Civil Veterinary Dept. Assam report 1911-1927 - 1911-1927
Year: 1911
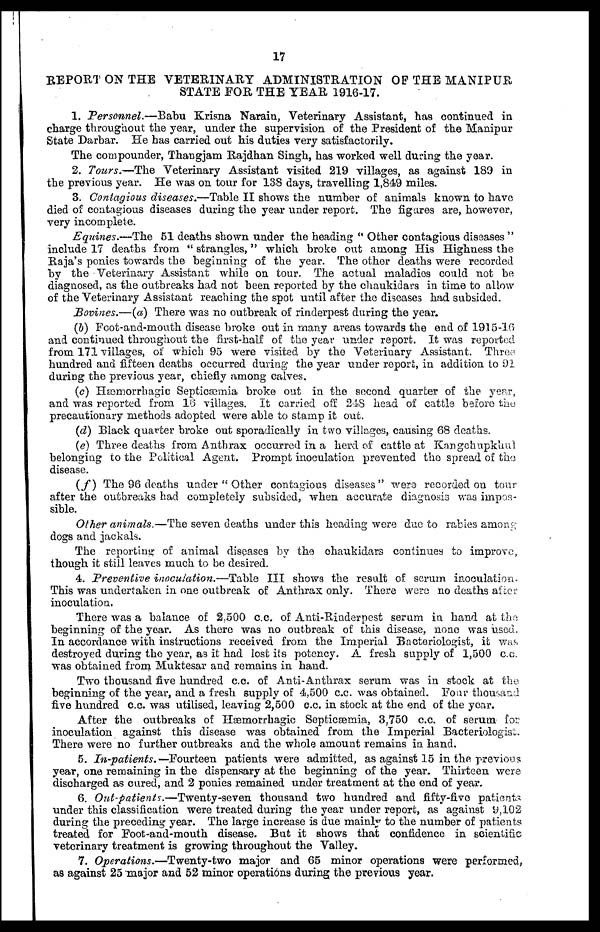
17
REPORT ON THE VETERINARY ADMINISTRATION OP THE MANIPUR
STATE FOR THE YEAR 1916-17.
1. Personnel.—Babu Krisna Narain , Veterinary Assistant , has continued in
charge throughout the year, under the supervision of the President of the Manipur
State Darbar. He has carried out his duties very satisfactorily.
The compounder, Thaugjam Rajdhan Singh, has worked well during the year.
2. Tours.—The Veterinary Assistant visited 219 villages, as against 189 in
the previous year. He was on tour for 138 days, travelling 1,849 miles.
3. Contagious diseases.—Table II shows the number of animals known to have
died of contagious diseases during the year under report. The figures are, however,
very incomplete.
Equities.—The 51 deaths shown under the heading " Other contagious diseases "
include 17 deaths from " strangles," which broke out among His Highness the
Raja's ponies towards the beginning of the year. The other deaths were recorded
by the Veterinary Assistant while on tour. The actual maladies could not be
diagnosed, as the outbreaks had not been reported by the chaukidars in time to allow
of the Veterinary Assistant reaching the spot until after the diseases had subsided.
Bovines.—(a) There was no outbreak of rinderpest during the year.
(b) Foot-and-mouth disease broke out in many areas towards the end of 1915-16
and continued throughout the first-half of the year under report. It was reported
from 171 villages, of which 95 were visited by the Veterinary Assistant. Three.
hundred and fifteen deaths occurred during the year under report, in addition to 91
during the previous year, chiefly among calves.
(c) Hæmorrhagic Septicæmia broke out in the second quarter of the year ,
and was reported from 16 villages. It carried off 248 head of cattle before the
precautionary methods adopted were able to stamp it out.
(d) Black quarter broke out sporadically in two villages, causing 68 deaths.
(e) Three deaths from Anthrax occurred in a herd of cattle at Kangchupkhul
belonging to the Political Agent. Prompt inoculation prevented the spread of the
disease.
(f) The 96 deaths under " Other contagious diseases" were recorded on tour
after the outbreaks had completely subsided, when accurate diagnosis was impos-
sible.
Other animals.—The seven deaths under this heading were due to rabies aniong
dogs and jackals.
The reporting of animal diseases by the chaukidars continues to improve,
though it still leaves much to be desired.
4. Preventive inoculation.—Table III shows the result of serum inoculation.
This was undertaken in one outbreak of Anthrax only. There were no deaths after
inoculation.
There was a balance of 2,500 c.c. of Anti-Rinderpest serum in hand at the
beginning of the year. As there was no outbreak of this disease, none was used.
In accordance with instructions received from the Imperial Bacteriologist, it was,
destroyed during the year, as it had lost its potency. A fresh supply of 1,500 c.c.
was obtained from Muktesar and remains in hand.
Two thousand five hundred c.c. of Anti-Anthrax serum was in stock at the
beginning of the year, and a fresh supply of 4,500 c.c. was obtained. Pour thousand
five hundred c.c. was utilised, leaving 2,500 c.c. in stock at the end of the year.
After the outbreaks of Hæmorrhagic Septicæmia, 3,750 c.c. of serum for
inoculation against this disease was obtained from the Imperial Bacteriologist.
There were no further outbreaks and the whole amount remains in hand.
5. In-patients. —Fourteen patients were admitted, as against 15 in the previous
year, one remaining in the dispensary at the beginning of the year. Thirteen were
discharged as cured, and 2 ponies remained under treatment at the end of year.
6. Out-patients.—Twenty-seven thousand two hundred and fifty-five patients
under this classification were treated during the year under report, as against 9,102
during the preceding year. The large increase is due mainly to the number of patients
treated for Foot-and-mouth disease. But it shows that confidence in scientific
veterinary treatment is growing throughout the Valley.
7. Operations.—Twenty-two major and 65 minor operations were performed,
as against 25 major and 52 minor operations during the previous year.